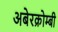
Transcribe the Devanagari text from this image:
अबेरक्रोम्बी